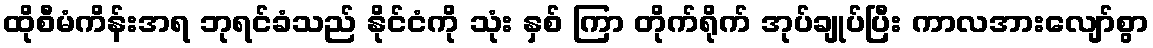
ထိုစီမံကိန်းအရ ဘုရင်ခံသည် နိုင်ငံကို သုံး နှစ် ကြာ တိုက်ရိုက် အုပ်ချုပ်ပြီး ကာလအားလျော်စွာ